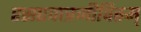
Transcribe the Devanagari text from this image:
रसएवात्रजीवितम्